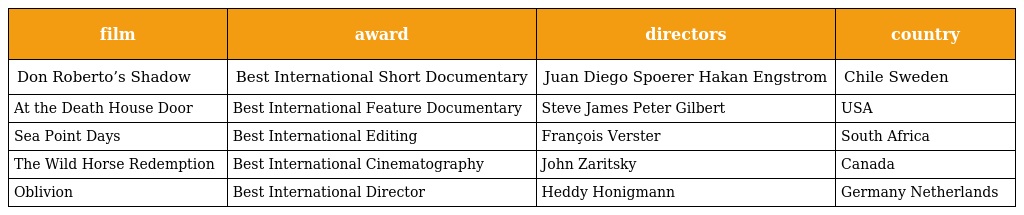
| film | award | directors | country |
 | --- | --- | --- | --- |
 | Don Roberto’s Shadow | Best International Short Documentary | Juan Diego Spoerer Hakan Engstrom | Chile Sweden |
 | At the Death House Door | Best International Feature Documentary | Steve James Peter Gilbert | USA |
 | Sea Point Days | Best International Editing | François Verster | South Africa |
 | The Wild Horse Redemption | Best International Cinematography | John Zaritsky | Canada |
 | Oblivion | Best International Director | Heddy Honigmann | Germany Netherlands |